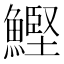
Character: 鰹